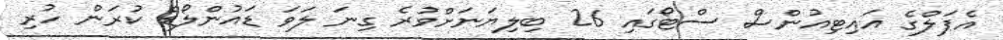
އެޕަލްގެ އައިޓިއުންސް ސްޓޯގައި 26 ބިލިޔަނަށްވުރެ ގިނަ ލަވަ ޑައުންލޯޑް ކުރަން ހުރި